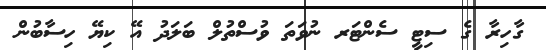
ގާހިރާ ގެ ސިޓީ ސެންޓަރ ނުވަތަ ވުސްތުލް ބަލަދު އޭ ކިޔޭ ހިސާބުން